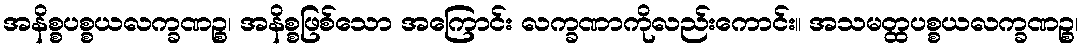
အနိစ္စပစ္စယလက္ခဏဉ္စ၊ အနိစ္စဖြစ်သော အကြောင်း လက္ခဏာကိုလည်းကောင်း။ အသမတ္ထပစ္စယလက္ခဏဉ္စ၊